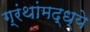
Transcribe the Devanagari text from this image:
ग्रंथांमद्ध्ये